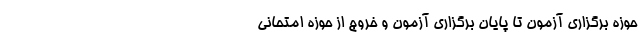
حوزه برگزاری آزمون تا پایان برگزاری آزمون و خروج از حوزه امتحانی